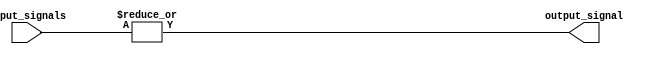
module or_gate_4(input [3:0] input_signals, output reg output_signal);

always @(*) begin
    output_signal = |input_signals;
end

endmodule